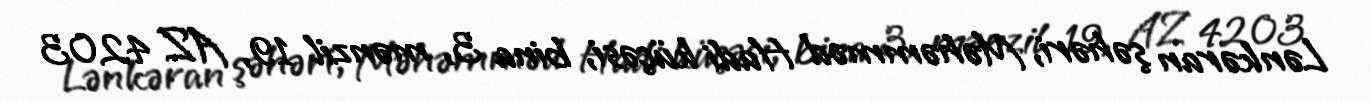
Lənkəran şəhəri, Məhəmməd Hadi küçəsi, bina 3, mənzil 19, AZ 4203